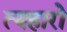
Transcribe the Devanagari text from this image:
त्यहारो